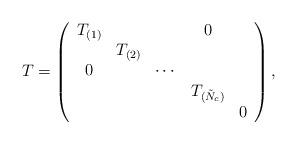
LaTeX: \begin{align*}T=\left( \begin{array}{ccccc}T_{(1)} & & & 0 & \\ & T_{(2)} & & & \\ 0 & & \cdots & & \\ & & & T_{(\tilde N_c)} & \\ & & & & 0 \end{array}\right),\end{align*}